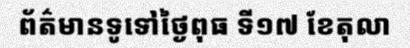
ព័ត៌មានទូទៅថ្ងៃពុធ ទី១៧ ខែតុលា